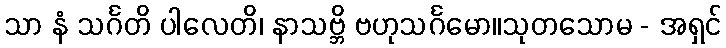
သာ နံ သင်္ဂတိ ပါလေတိ၊ နာသဗ္ဘိ ဗဟုသင်္ဂမော။သုတသောမ - အရှင်